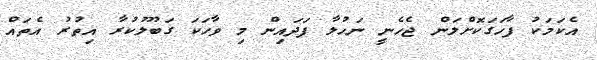
އެކަމަކު ފާހަގަކޮށްލަން ޖެހެނީ ނަހުލާ ފަދައިން މި ވާހަކަ ގަބޫލުކުރާ އިތުރު އެތައް